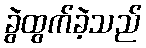
ခွဲထွက်ခဲ့သည်